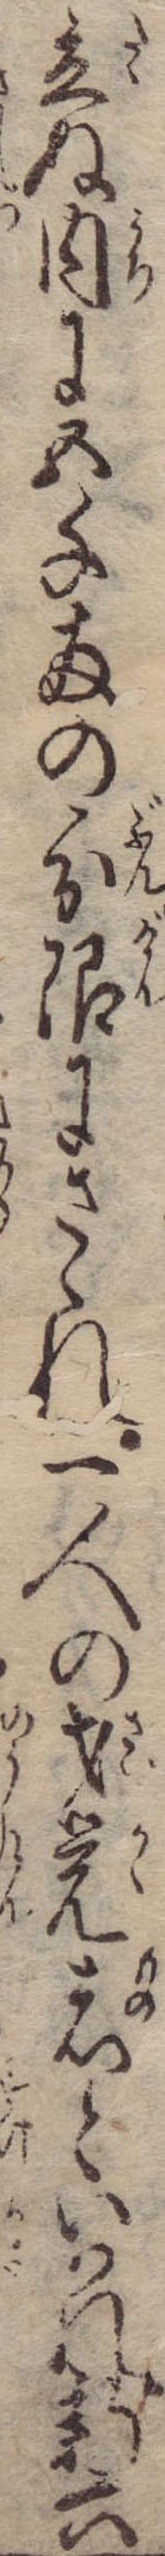
立ぬ内に五千両の分限にさゝれ一人の才覚者といはれ新六